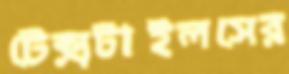
টেক্সটাইলসের